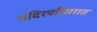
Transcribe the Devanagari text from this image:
मंदिरपरिसरात